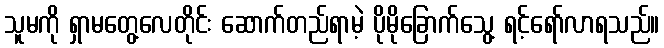
သူမကို ရှာမတွေ့လေတိုင်း ဆောက်တည်ရာမဲ့ ပိုမိုခြောက်သွေ့ ရင့်ရော်လာရသည်။